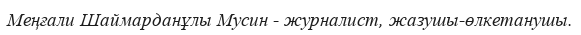
Меңғали Шаймарданұлы Мусин - журналист, жазушы-өлкетанушы.